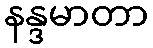
နန္ဒမာတာ